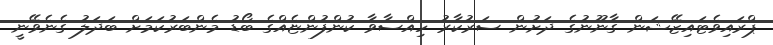
ޕްރައިވެޓައިޒޭޝަން ގާނޫނުގެ ދަށުން ސަރުކާރު ހިއްސާވާ ކުންފުންޏެއްގެ ބޯޑު މެންބަރުކަމަށް ބަދަލު ގެނެވޭނީ